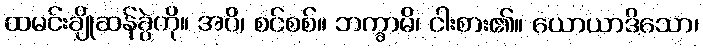
ထမင်းချိုဆန်ခွဲကို။ အပိ၊ စင်စစ်။ ဘက္ခာမိ၊ ငါးစား၏။ ယောယာဒိသော၊